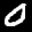
Label: 0